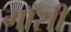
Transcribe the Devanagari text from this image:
गाँसी